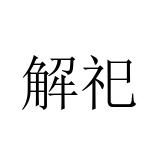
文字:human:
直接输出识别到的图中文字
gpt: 解祀